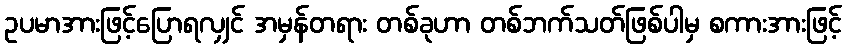
ဥပမာအားဖြင့်ပြောရလျှင် အမှန်တရား တစ်ခုဟာ တစ်ဘက်သတ်ဖြစ်ပါမှ စကားအားဖြင့်